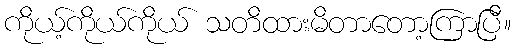
ကိုယ့်ကိုယ်ကိုယ် သတိထားမိတာတော့ကြာပြီ။